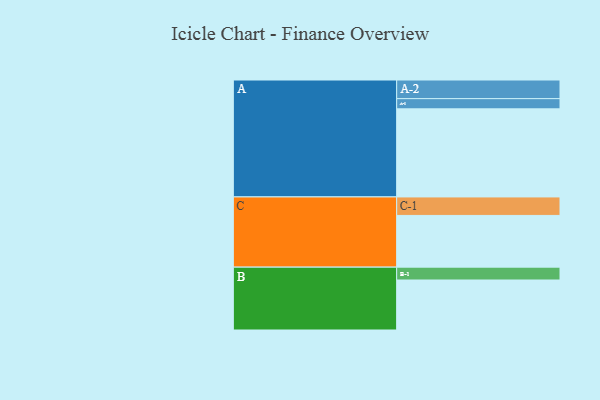
{"axis": {"x": "Segment", "y": "Value"}, "legend": ["", "A", "B", "C"], "data": [{"x": "A", "y": 562, "type": ""}, {"x": "B", "y": 319, "type": ""}, {"x": "C", "y": 330, "type": ""}, {"x": "A-1", "y": 65, "type": "A"}, {"x": "A-2", "y": 119, "type": "A"}, {"x": "B-1", "y": 82, "type": "B"}, {"x": "C-1", "y": 118, "type": "C"}]}